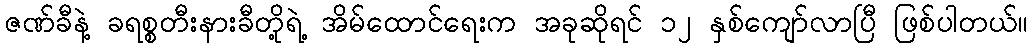
ဇဏ်ခီနဲ့ ခရစ္စတီးနားခီတို့ရဲ့ အိမ်ထောင်ရေးက အခုဆိုရင် ၁၂ နှစ်ကျော်လာပြီ ဖြစ်ပါတယ်။